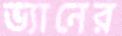
ভ্যানের